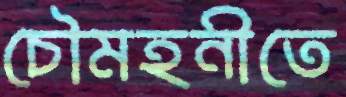
চৌমহনীতে